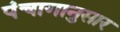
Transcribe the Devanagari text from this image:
पंंचागानुसार